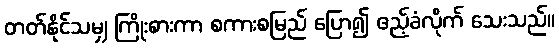
တတ်နိုင်သမျှ ကြိုးစားကာ စကားစမြည် ပြော၍ ဧည့်ခံလိုက် သေးသည်။